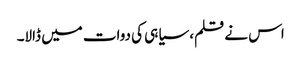
اس نے قلم، سیاہی کی دوات میں ڈالا۔